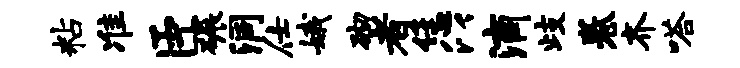
粘准臣碾洞仕娥砌者恁以滴歧卷齐嗒